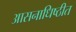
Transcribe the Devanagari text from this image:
आसनाधिष्ठीत